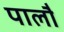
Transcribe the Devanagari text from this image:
पालौ